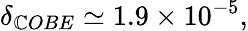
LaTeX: \delta_{\mathbb{C}OBE}\simeq1.9\times10^{-5},